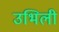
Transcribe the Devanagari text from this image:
उभिली